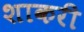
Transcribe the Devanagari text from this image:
शाकरी